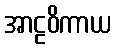
အာဠဝိကာယ